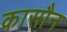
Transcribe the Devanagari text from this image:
कासौन